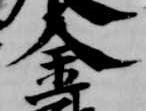
金